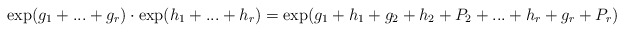
\begin{align*} \exp(g_1 + ... + g_r) \cdot \exp(h_1 + ... + h_r) = \exp(g_1 + h_1 + g_2 + h_2 + P_2 + ... + h_r + g_r + P_r)\end{align*}